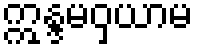
ဣန္ဒမဝှယာမ